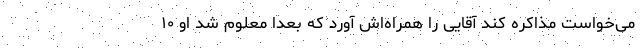
می‌خواست مذاکره کند آقایی را همراه‌اش آورد که بعدا معلوم شد او ۱۰